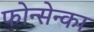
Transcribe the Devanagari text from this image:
फोन्सेन्का